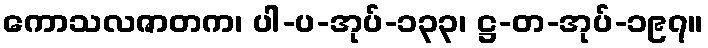
ကောသလဇာတက၊ ပါ-ပ-အုပ်-၁၃၃၊ ဋ္ဌ-တ-အုပ်-၁၉၇။